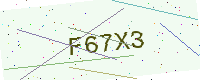
Text: F67X3